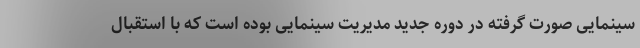
سینمایی صورت گرفته در دوره جدید مدیریت سینمایی بوده است که با استقبال